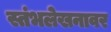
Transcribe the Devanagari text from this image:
स्तंभलेखनावर